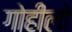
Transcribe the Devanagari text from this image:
गोहीलो